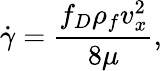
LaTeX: \dot{\gamma}=\frac{f_{D}\rho_{f}v_{x}^{2}}{8\mu},